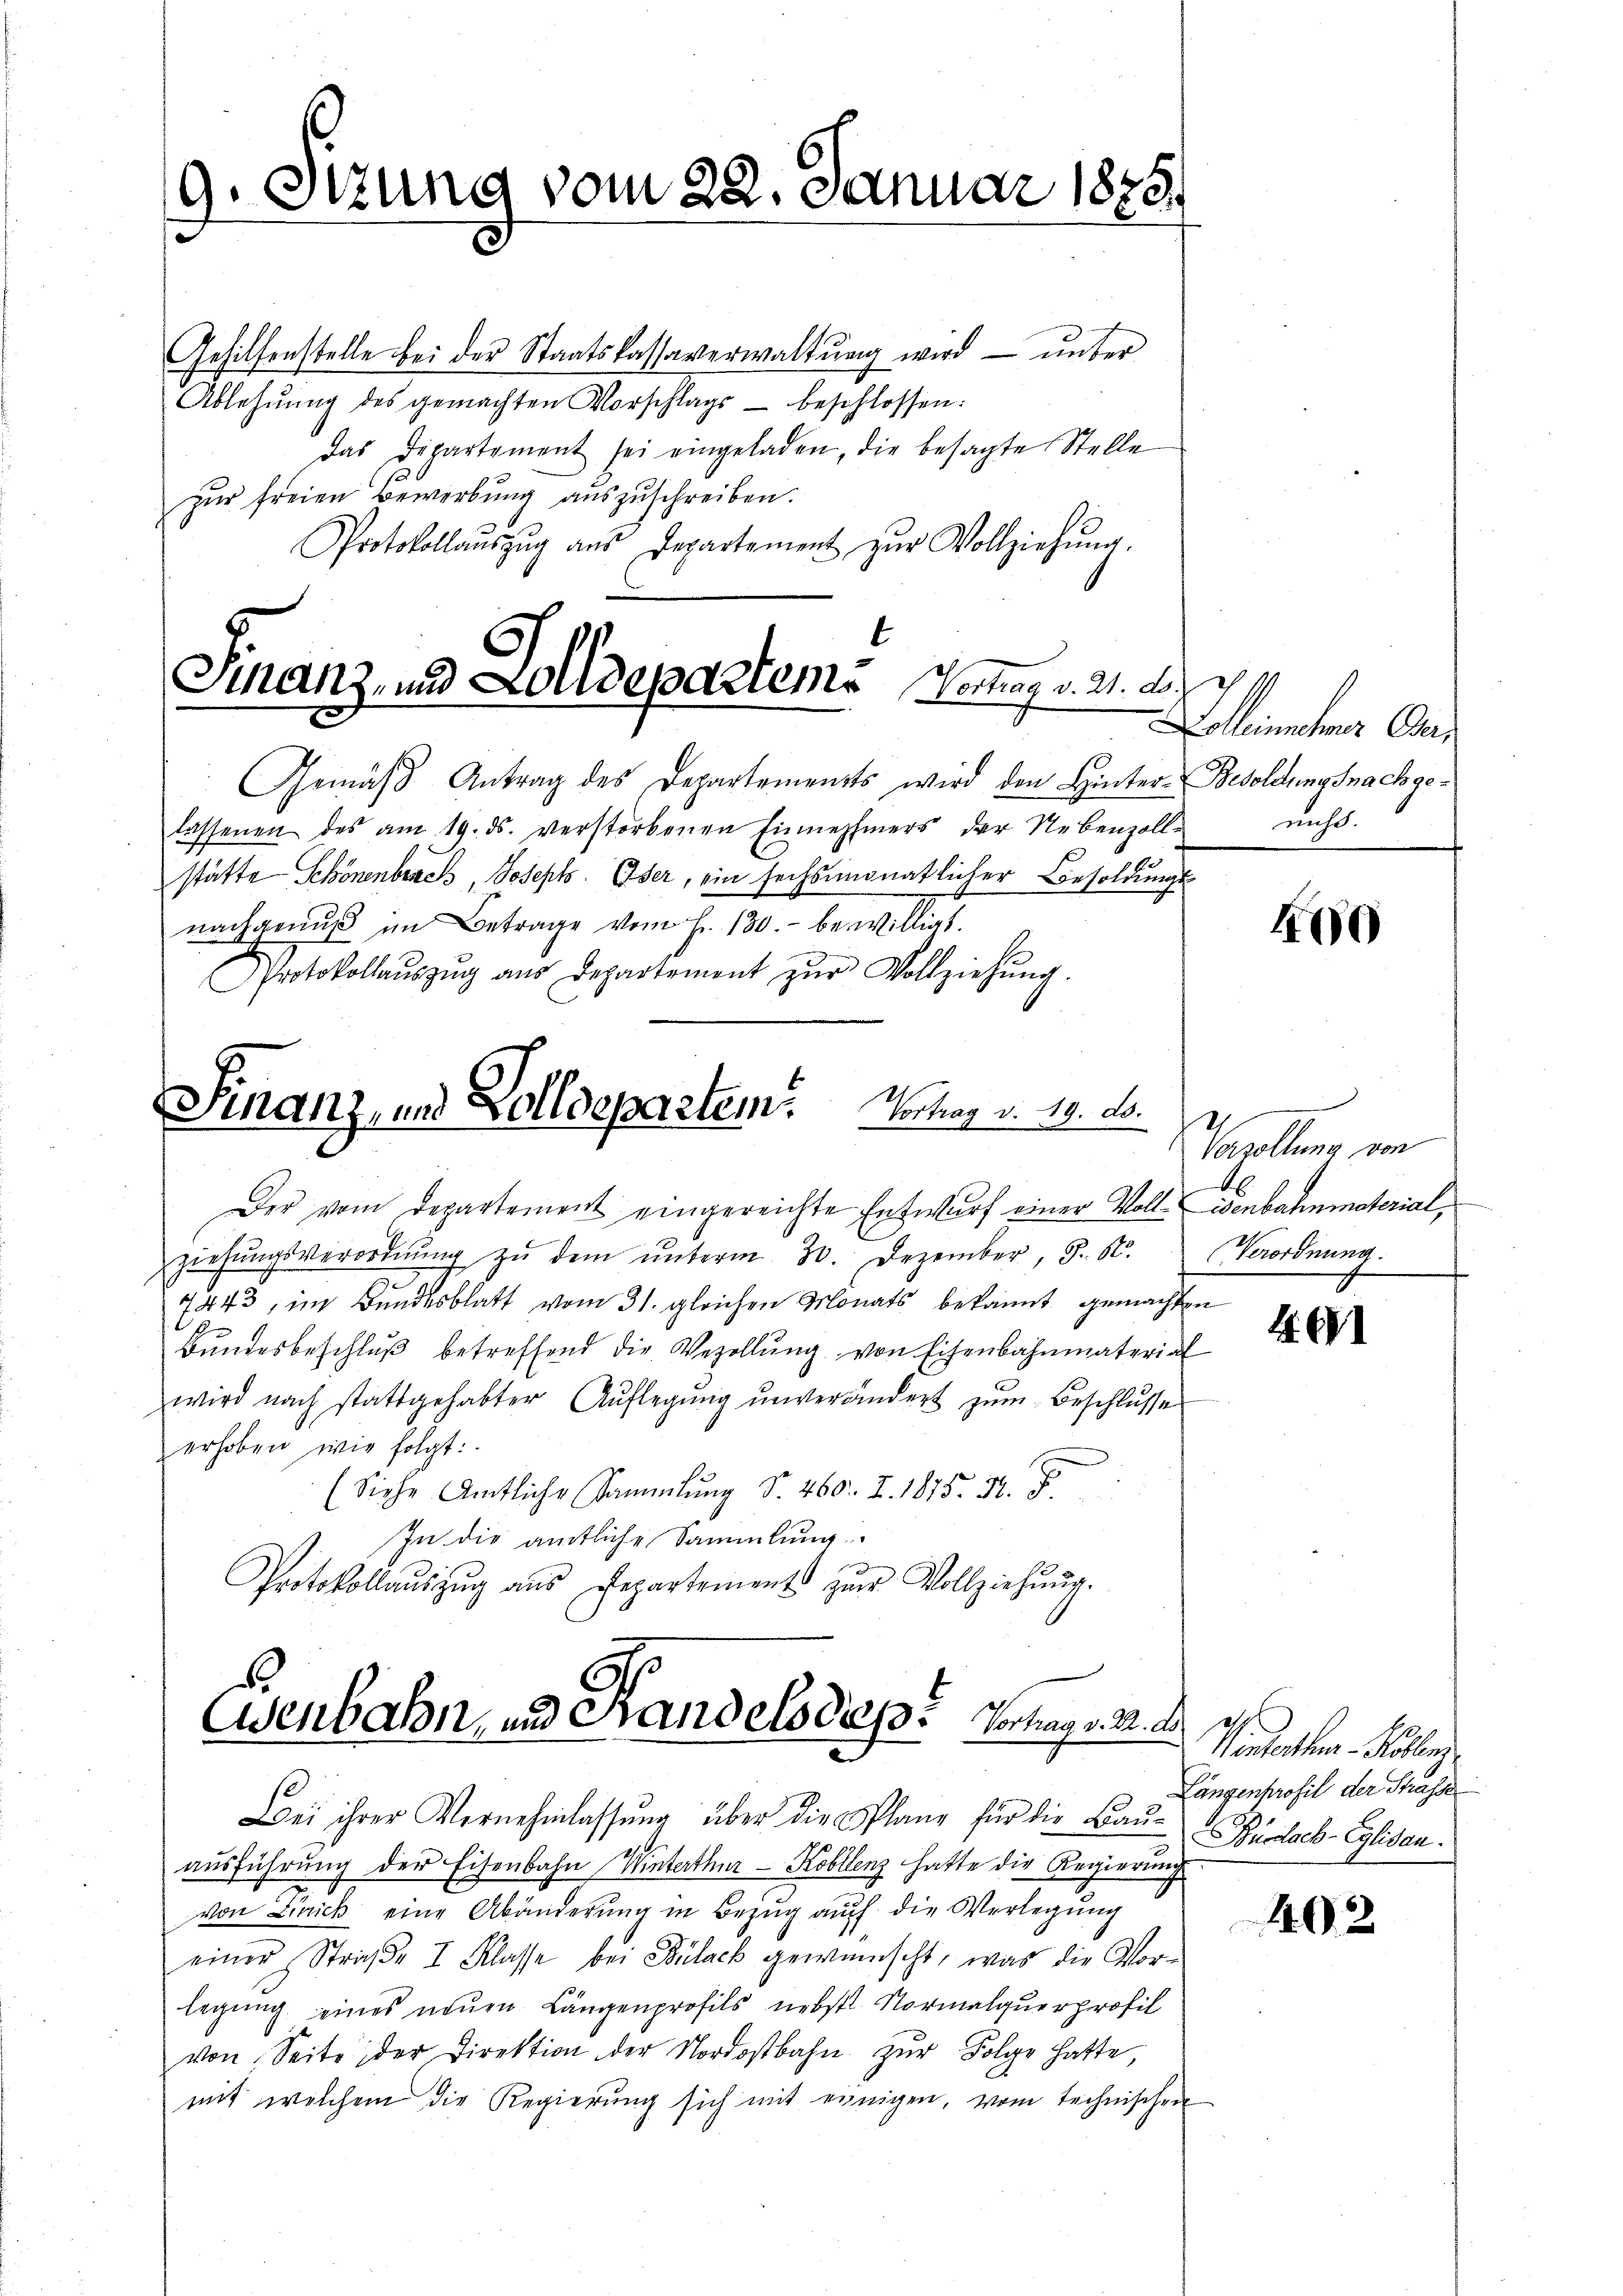
9. Setzung vom 22. Januar 1888.

Finanz, und Zolldeparteme Vertrag v. 21. d.

Gehilfenstelle bei der Staatskassaverwaltung wird — unter
Ablehnŭng des gemachten Vorschlags- beschlossen:
Das Dipartement sei eingeladen, die besagte Stelle
zur freien Bewerbung auszuschreiben.
Protokollaŭszŭg aŭs Departement zŭr Vollziehŭng.
Gemäß Antrag des Departements wird den Hinter-Besoldungsnachgelassenen des am 19. ds. verstorbenen Einnehmers der Nebenzolle nicht.
stätte Schönenbruch, Joseph. Oser, ein sechsmonatlicher Besoldungs-
nachgenuß im Betrage vom Fr. 130. bewilligt.
Protokollaŭszŭg aŭs Departement zŭr Vollziehŭng.
Finanz, und Zolldepartem Vortrag v. 19. ds.

Eisenbahn und Handelsdep: Vorlag. 23. d.

Der vom Departement eingereichte Entwurf einer Voll-Eisenbahnmaterial,
ziehŭngsverordnŭng zŭ dem ŭnterm 30. Dezember, S. 52. (Verordnung.
7443, im Bundesblatt vom 31. gleichen Monats bekannt gemachten
G
Bundesbeschluß betreffend die Vezollung von Eisenbahnmaterial
wird nach stattgehabter Aŭflegŭng ŭnverändert zŭm Beschlŭsses
erhoben wie folgt:
(Siehe Amtliche Sammlung Nr. 460. I. 1875. 14. J
In die amtliche Sammlung
Protokollaŭszŭg ans Repartements zŭr Vollziehŭng.

Bei ihrer Vernehmlassung über die planz für die Bauausführung der Eisenbahn Winterthur–Kobllenz hatte die Regierung
von Zürich eine Abänderung in Bezug auch die Verlegung
einer Straβe I Klasse bei Bülach gewünscht, was die Vorlegung eines neuen Längenprofils nebst Normalquerprofil
von Seite der Direktion der Nordostbahn zur Folge hatte,
mit welchem die Regierŭng sich mit einigen, vom technischen

Illiter A

100

Vasallung von

1. 601

Vandanten Kalen
Längenprofil der Strasse
Burdach-Eglisau.

402